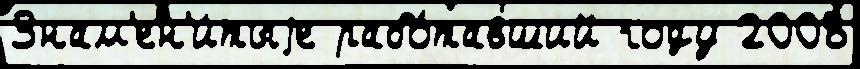
Знам'ен'и́тыjе рабо́тавший году 2008